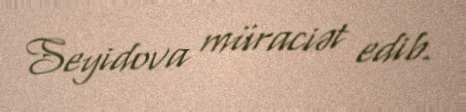
Seyidova müraciət edib.